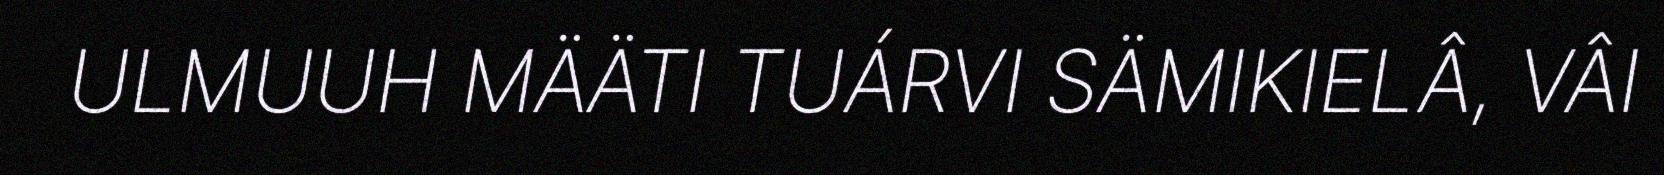
ULMUUH MÄÄTI TUÁRVI SÄMIKIELÂ, VÂI